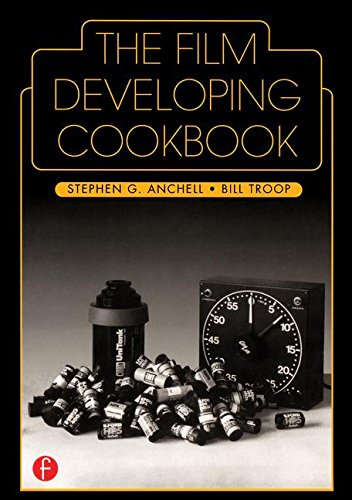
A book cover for The Film Developing Cookbook (Darkroom Cookbook, Vol. 2); Steve Anchell; Arts & Photography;